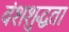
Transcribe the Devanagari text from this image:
वंशशुद्धता